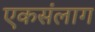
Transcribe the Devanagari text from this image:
एकसंलाग